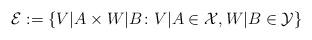
LaTeX: \begin{align*}\mathcal{E}:=\{V|A\times W|B\colon V|A\in\mathcal{X},W|B\in\mathcal{Y}\} \end{align*}